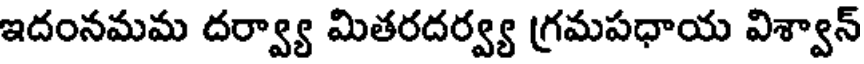
ఇదంనమమ దర్వ్యా మితరదర్వ్య గ్రమపధాయ విశ్వాన్